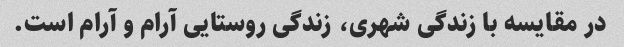
در مقایسه با زندگی شهری، زندگی روستایی آرام و آرام است.